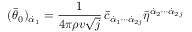
( \bar { \theta } _ { 0 } ) _ { \dot { \alpha } _ { 1 } } = \frac { 1 } { 4 \pi \rho v \sqrt { j } } \, \bar { c } _ { \dot { \alpha } _ { 1 } \cdots \dot { \alpha } _ { 2 j } } \bar { \eta } ^ { \dot { \alpha } _ { 2 } \cdots \dot { \alpha } _ { 2 j } }